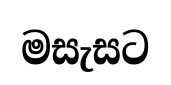
මසැසට